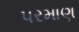
પરમાણ